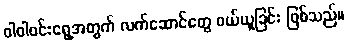
ဝါဝါဝင်းရွေ့အတွက် လက်ဆောင်တွေ ဝယ်ယူခြင်း ဖြစ်သည်။